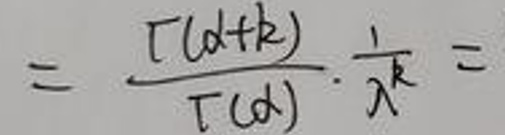
\[
= \frac{\Gamma(\alpha + k)}{\Gamma(\alpha)} \cdot \frac{1}{\lambda^{k}} =
\]